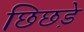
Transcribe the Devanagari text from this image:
छिछड़े